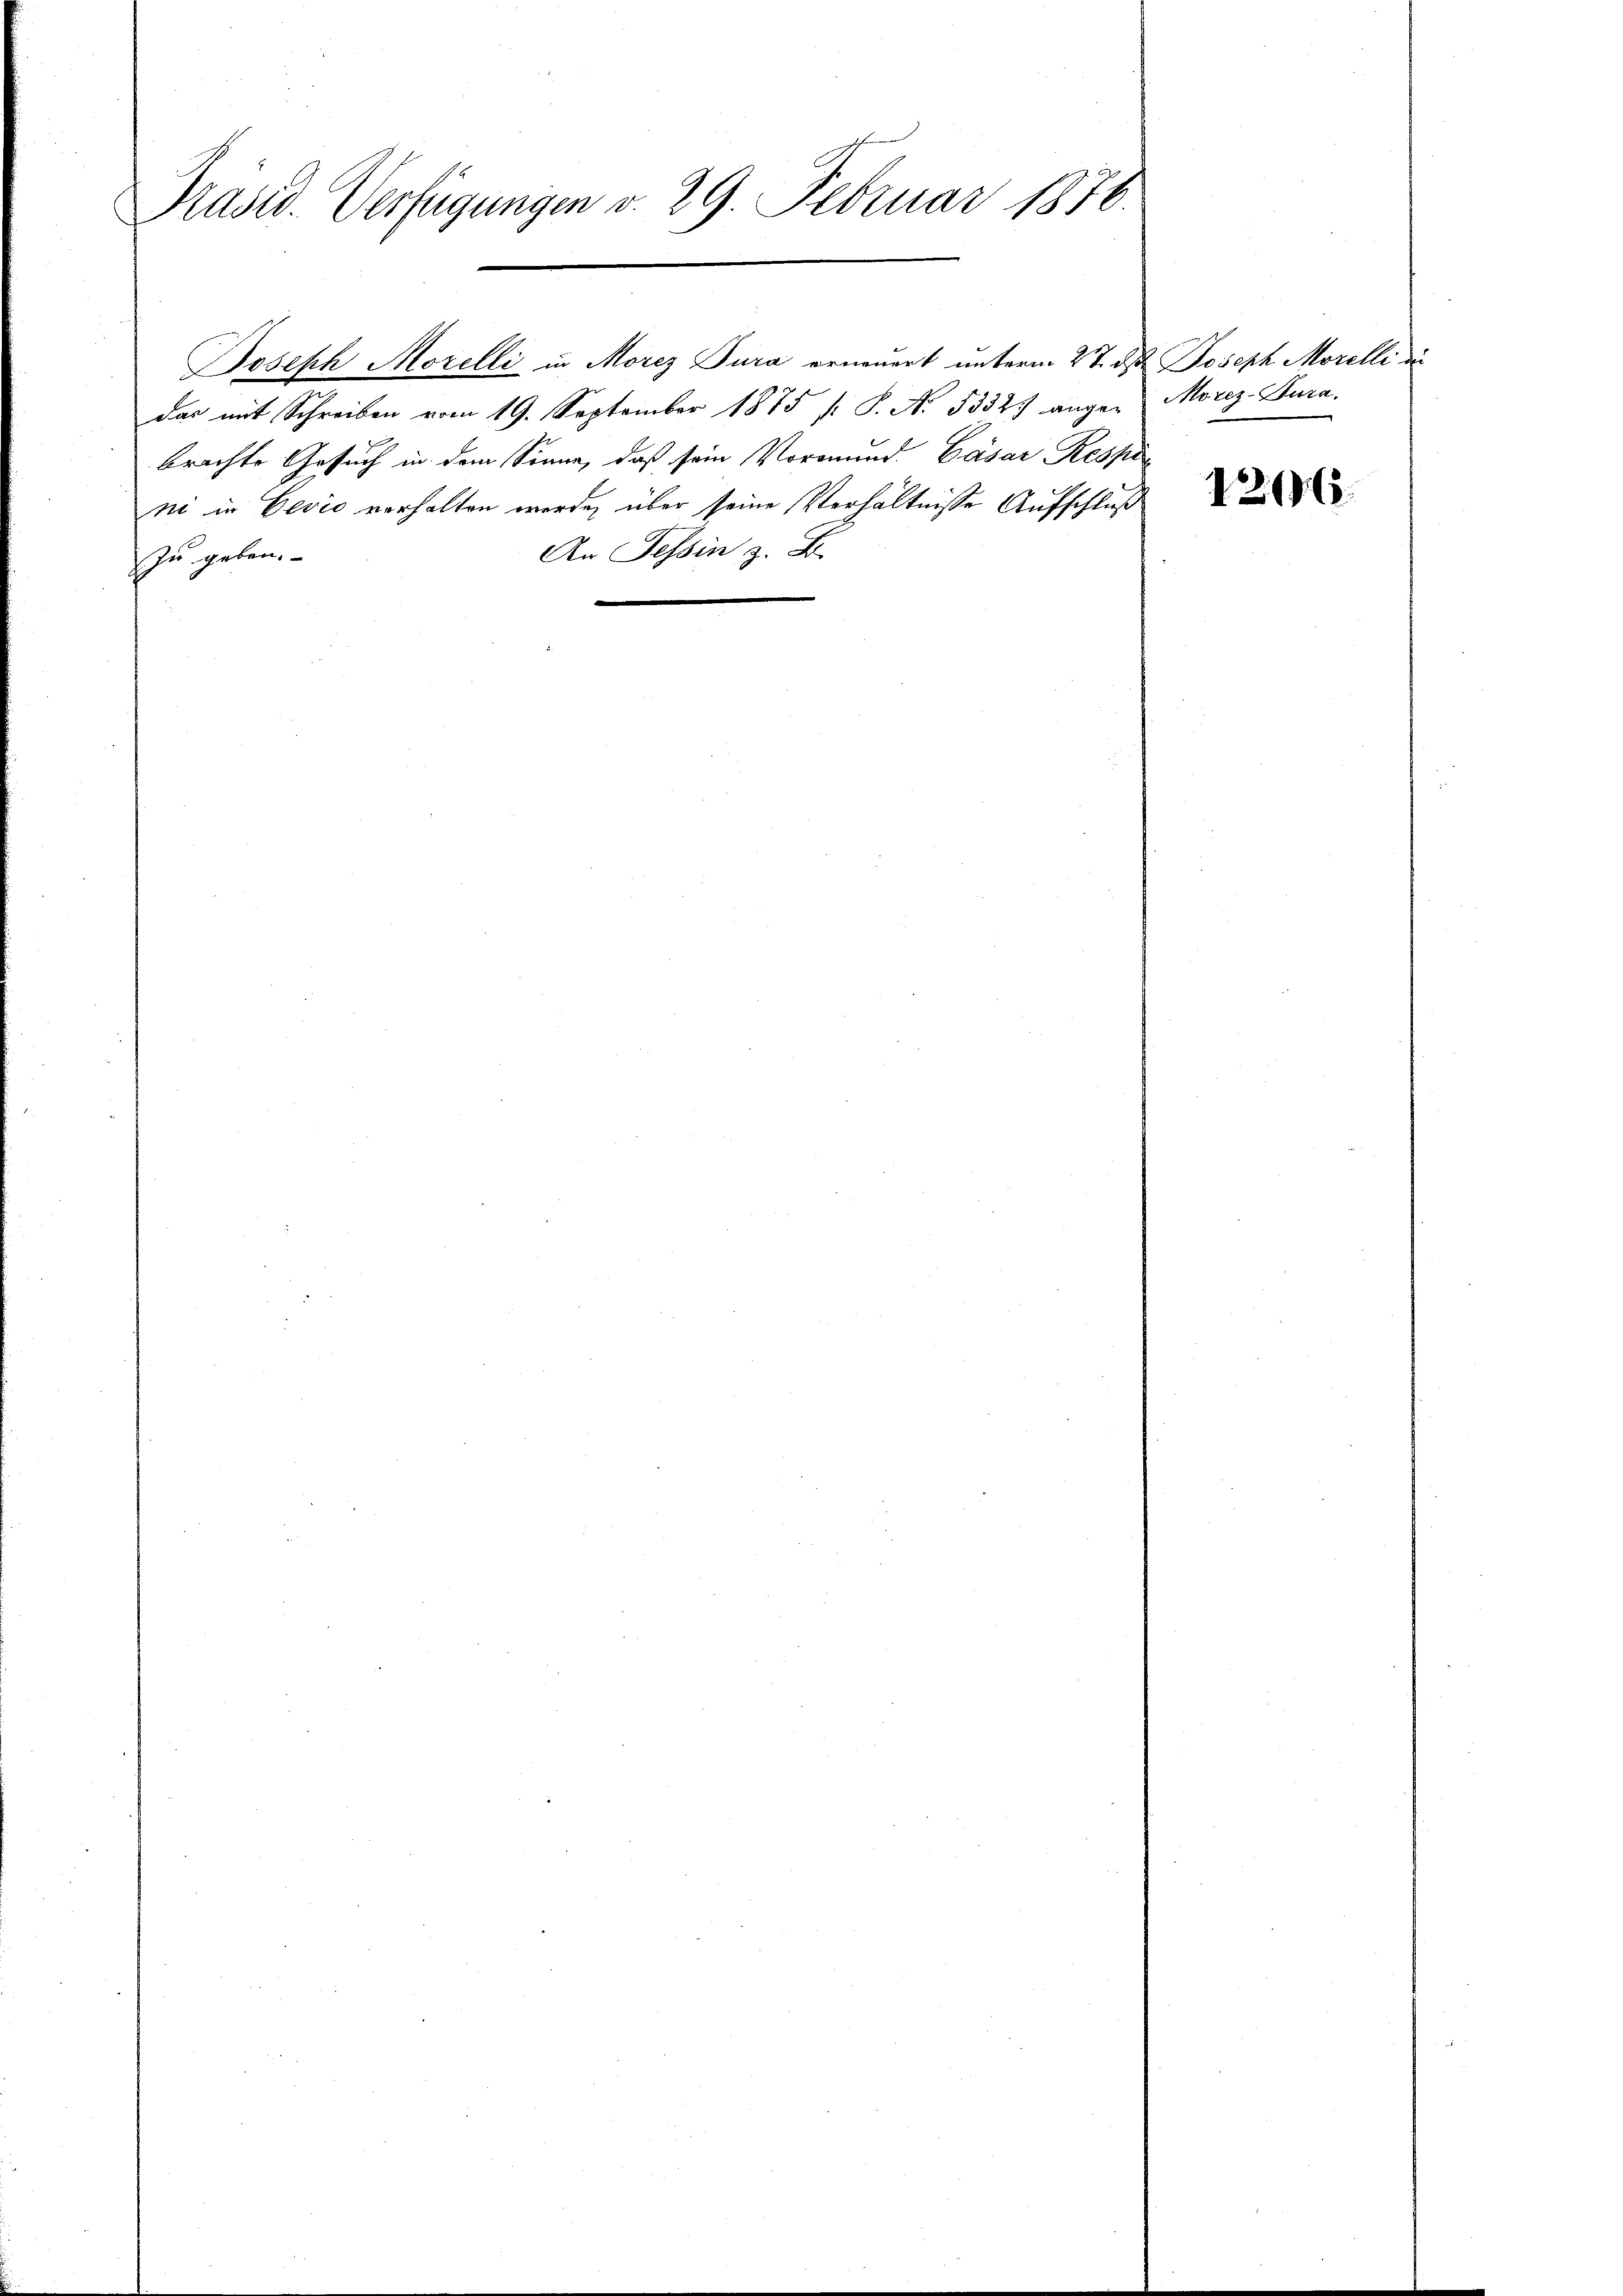
Präsid. Verfügungen v. 29. Februar 1876.

Joseph Morelli in Morez Jura erneuert unterm 27. ds. Joseph Morelli du
das mit Schreiben vom 19. September 1875 (: P. N. 5332. angen Morez-Burabrachte Gesuch in dem Sinne, daß sein Vormund Gasar Respe
ni in Gević vorhalten werde, über seine Verhältnisse Aufschluß
An Tessin z. B.
zu geben.

1296.